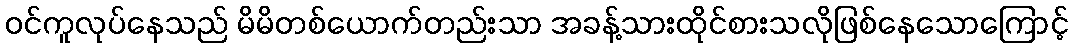
ဝင်ကူလုပ်နေသည် မိမိတစ်ယောက်တည်းသာ အခန့်သားထိုင်စားသလိုဖြစ်နေသောကြောင့်